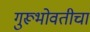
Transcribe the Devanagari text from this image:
गुरूभोवतीचा